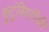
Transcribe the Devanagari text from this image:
कुटुंबियांपैकी